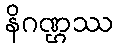
နိဂဏ္ဌဿ